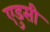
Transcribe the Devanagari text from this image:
एडुसी